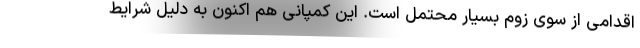
اقدامی از سوی زوم بسیار محتمل است. این کمپانی هم اکنون به دلیل شرایط